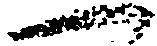
一